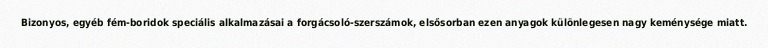
Bizonyos, egyéb fém-boridok speciális alkalmazásai a forgácsoló-szerszámok, elsősorban ezen anyagok különlegesen nagy keménysége miatt.